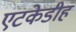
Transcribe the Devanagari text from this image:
एटकेडीह